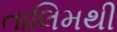
તાલિમથી